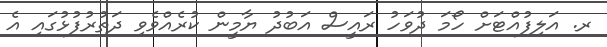
ރ. އަލިފުއްޓަށް ހޯމަ ދުވަހު ރައީސް އަބުދު ޔާމީން ކުރެއްވެވި ދަތުރުފުޅުގައި އެ